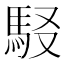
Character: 𩢃